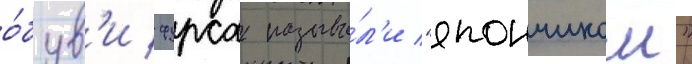
о́був'и фурса называ́л'и "япончиком"